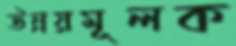
উন্নয়মূলক